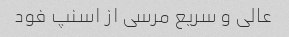
عالی و سریع مرسی از اسنپ فود